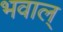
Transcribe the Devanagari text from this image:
भवाल्